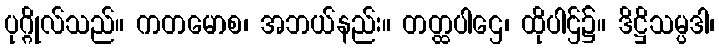
ပုဂ္ဂိုလ်သည်။ ကတမောစ၊ အဘယ်နည်း။ တတ္ထပါဌေ၊ ထိုပါဌ်၌။ ဒိဋ္ဌိသမ္ပဒါ၊